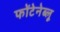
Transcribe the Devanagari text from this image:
फोंटेनेब्लू